Report of the Indian Hemp Drugs Commission, 1894-1895 - Volume I
Year: 1894
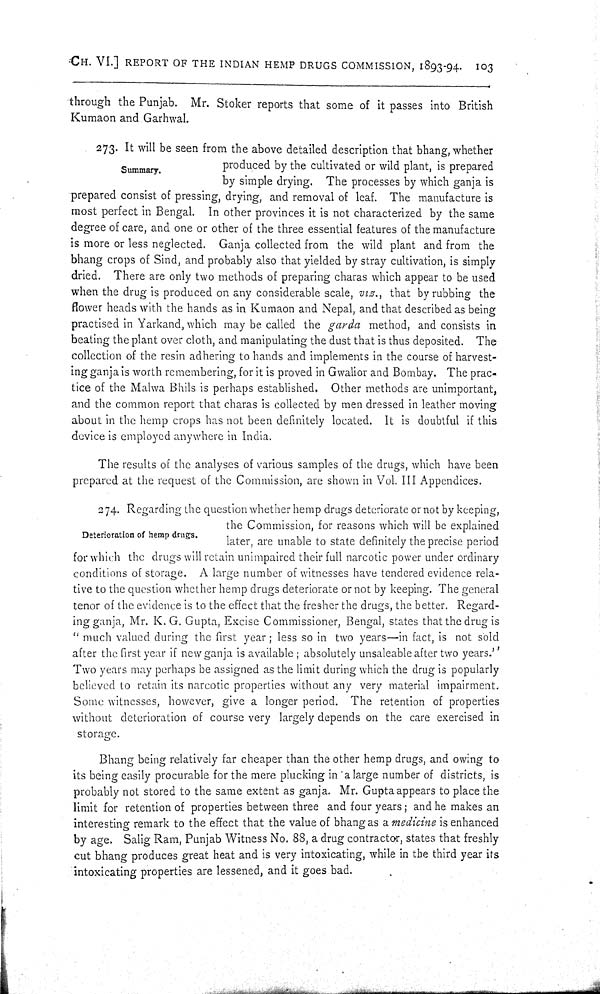
CH. VI.] REPORT OF THE INDIAN HEMP DRUGS COMMISSION, 1893-94. 103
through the Punjab. Mr. Stoker reports that some of it passes into British
Kumaon and Garhwal.
273. It will be seen from the above detailed description that bhang, whether
Summary.
produced by the cultivated or wild plant, is prepared
by simple drying. The processes by which ganja is
prepared consist of pressing, drying, and removal of leaf. The manufacture is
most perfect in Bengal. In other provinces it is not characterized by the same
degree of care, and one or other of the three essential features of the manufacture
is more or less neglected. Ganja collected from the wild plant and from the
bhang crops of Sind, and probably also that yielded by stray cultivation, is simply
dried. There are only two methods of preparing charas which appear to be used
when the drug is produced on any considerable scale, viz., that by rubbing the
flower heads with the hands as in Kumaon and Nepal, and that described as being
practised in Yarkand, which may be called the garda method, and consists in
beating the plant over cloth, and manipulating the dust that is thus deposited. The
collection of the resin adhering to hands and implements in the course of harvest¬
ing ganja is worth remembering, for it is proved in Gwalior and Bombay. The prac¬
tice of the Malwa Bhils is perhaps established. Other methods are unimportant,
and the common report that charas is collected by men dressed in leather moving
about in the hemp crops has not been definitely located. It is doubtful if this
device is employed anywhere in India.
The results of the analyses of various samples of the drugs, which have been
prepared at the request of the Commission, are shown in Vol. III Appendices.
274. Regarding the question whether hemp drugs deteriorate or not by keeping,
the Commission, for reasons which will be explained
later, are unable to state definitely the precise period
for which the drugs will retain unimpaired their full narcotic power under ordinary
conditions of storage. A large number of witnesses have tendered evidence rela¬
tive to the question whether hemp drugs deteriorate or not by keeping. The general
tenor of the evidence is to the effect that the fresher the drugs, the better. Regard¬
ing ganja, Mr. K. G. Gupta, Excise Commissioner, Bengal, states that the drug is
"much valued during the first year; less so in two years—in fact, is not sold
after the first year if new ganja is available; absolutely unsaleable after two years."
Two years may perhaps be assigned as the limit during which the drug is popularly
believed to retain its narcotic properties without any very material impairment.
Some witnesses, however, give a longer period. The retention of properties
without deterioration of course very largely depends on the care exercised in
storage.
Bhang being relatively far cheaper than the other hemp drugs, and owing to
its being easily procurable for the mere plucking in a large number of districts, is
probably not stored to the same extent as ganja. Mr. Gupta appears to place the
limit for retention of properties between three and four years; and he makes an
interesting remark to the effect that the value of bhang as a medicine is enhanced
by age. Salig Ram, Punjab Witness No. 88, a drug contractor, states that freshly
cut bhang produces great heat and is very intoxicating, while in the third year its
intoxicating properties are lessened, and it goes bad.
Deterioration of hemp drugs.